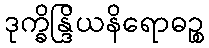
ဒုက္ခိန္ဒြိယနိရောဓဉ္စ